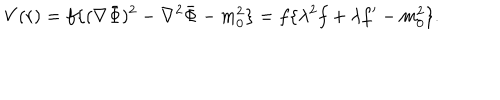
LaTeX: V ( r ) = f \{ ( \nabla \bar { \Phi } ) ^ { 2 } - \nabla ^ { 2 } \bar { \Phi } - m _ { 0 } ^ { 2 } \} = f \{ \lambda ^ { 2 } f + \lambda f ^ { \prime } - m _ { 0 } ^ { 2 } \} .